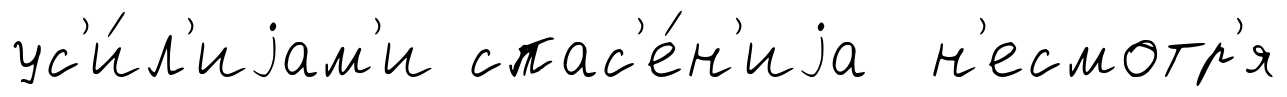
ус'и́л'иjам'и спас'е́н'иjа н'есмотр'я